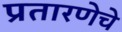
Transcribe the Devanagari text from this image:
प्रतारणेचे